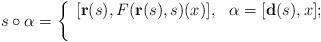
LaTeX: \begin{align*} s\circ\alpha=\left\lbrace\begin{array}{ll}[{\mathbf{r}}(s), F({\mathbf{r}}(s),s)(x)],& \alpha=[{\mathbf{d}}(s),x];\\ & \end{array}\right.\end{align*}